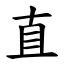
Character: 直